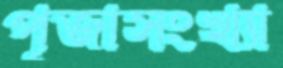
পূজাসংখ্যা